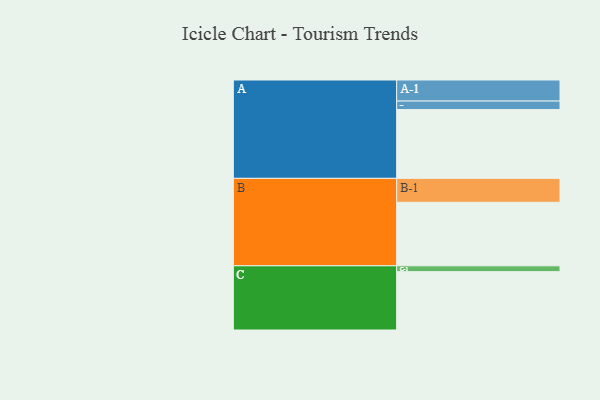
{"axis": {"x": "Segment", "y": "Value"}, "legend": ["", "A", "B", "C"], "data": [{"x": "A", "y": 598, "type": ""}, {"x": "B", "y": 552, "type": ""}, {"x": "C", "y": 507, "type": ""}, {"x": "A-1", "y": 183, "type": "A"}, {"x": "A-2", "y": 74, "type": "A"}, {"x": "B-1", "y": 208, "type": "B"}, {"x": "C-1", "y": 51, "type": "C"}]}